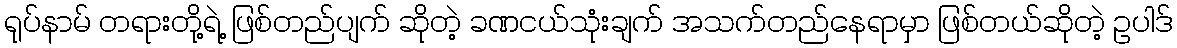
ရုပ်နာမ် တရားတို့ရဲ့ ဖြစ်တည်ပျက် ဆိုတဲ့ ခဏငယ်သုံးချက် အသက်တည်နေရာမှာ ဖြစ်တယ်ဆိုတဲ့ ဥပါဒ်